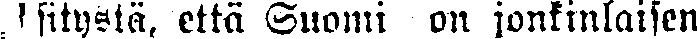
sitystä, että Suomi on jonkinlaisen